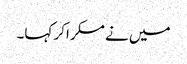
میں نے مسکراکر کہا۔